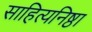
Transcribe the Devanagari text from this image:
साहित्यनिष्ठा